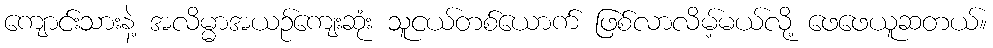
ကျောင်းသားနဲ့ အလိမ္မာအယဉ်ကျေးဆုံး သူငယ်တစ်ယောက် ဖြစ်လာလိမ့်မယ်လို့ ဖေဖေယူဆတယ်။